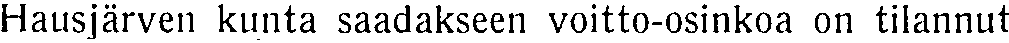
Hausjärven kunta saadakseen voitto-osinkoa on tilannut